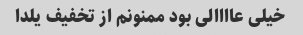
خیلی عاااالی بود ممنونم از تخفیف یلدا